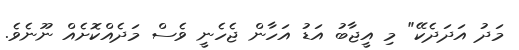
މަދު އަދަދެކޭ" މި އީޖާބު އަޑު އަހާން ޖެހެނީ ވެސް މަދެއްކޮށެއް ނޫނެވެ.